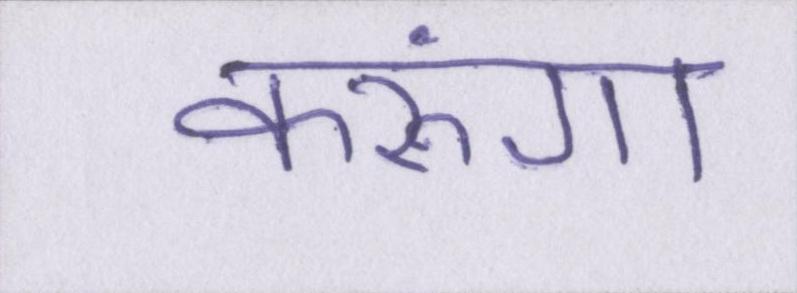
करूंगा